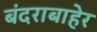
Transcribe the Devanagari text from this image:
बंदराबाहेर